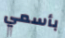
بأسمي